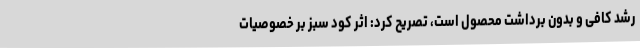
رشد کافی و بدون برداشت محصول است، تصریح کرد: اثر کود سبز بر خصوصیات